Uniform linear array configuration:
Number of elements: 8
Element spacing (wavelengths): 0.5
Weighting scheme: blackman
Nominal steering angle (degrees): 30
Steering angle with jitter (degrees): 30.37
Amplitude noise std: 0.05
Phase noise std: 0.05

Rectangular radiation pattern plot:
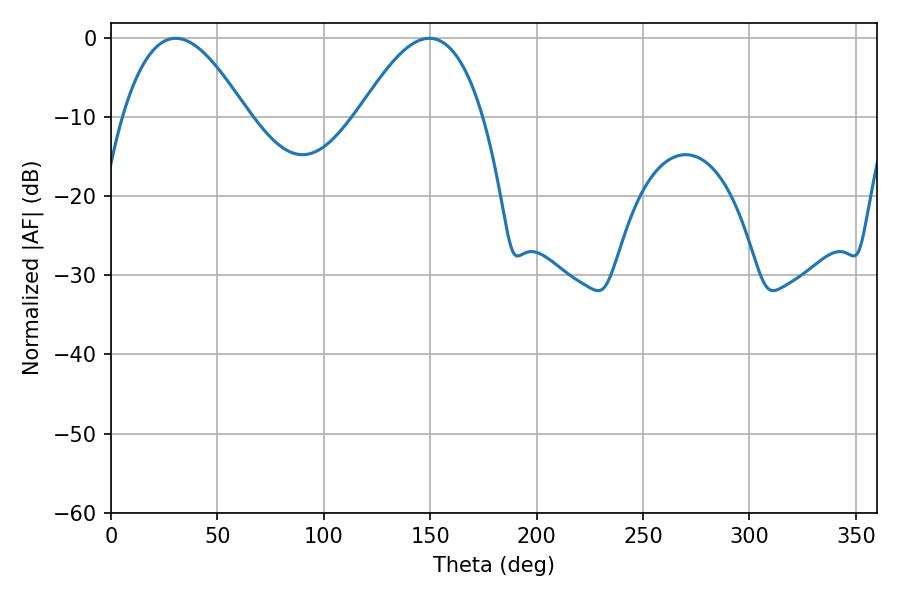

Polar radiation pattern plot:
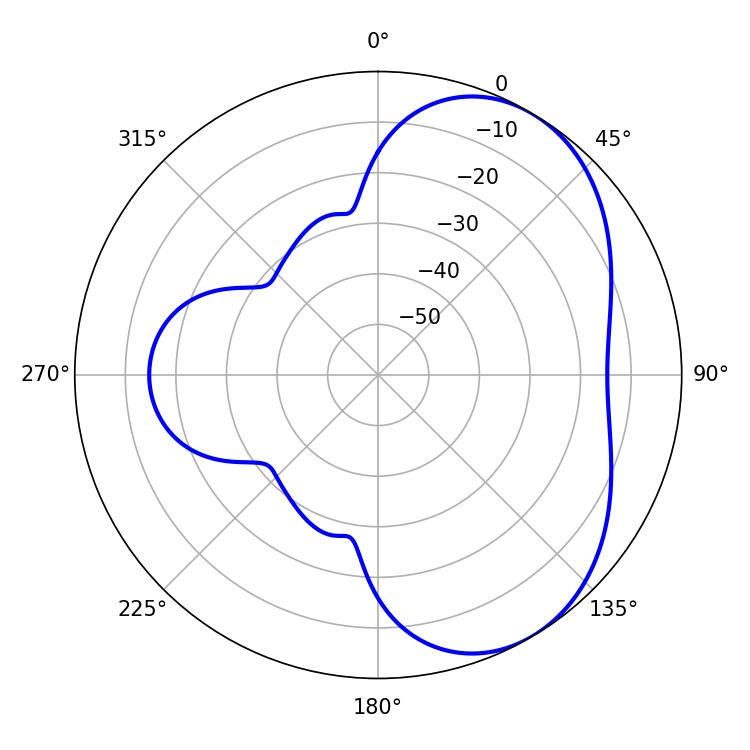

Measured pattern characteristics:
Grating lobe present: FALSE
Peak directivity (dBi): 4.9
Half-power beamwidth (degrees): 31.86
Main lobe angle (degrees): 30.42